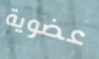
عضوية